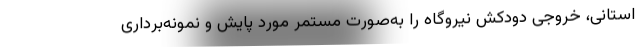
استانی، خروجی دودکش نیروگاه را به‌صورت مستمر مورد پایش و نمونه‌برداری